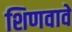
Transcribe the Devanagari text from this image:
शिणवावे